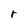
Character: r